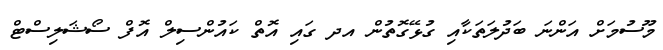
މޫސުމަަށް އަންނަ ބަދުލަތަކާއި ގުޅޭގޮތުން އދ ގައި އޮތް ކައުންސިލް އޮފް ސޯޝަލިސްޓް